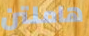
هاملتن